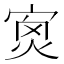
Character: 𡨿